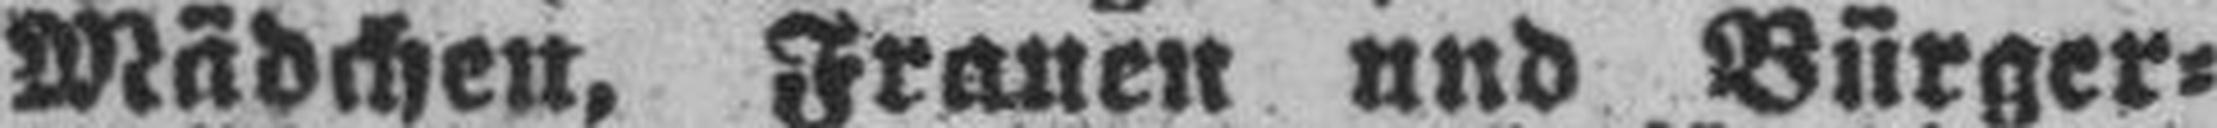
Mädchen, Frauen und Bürger¬